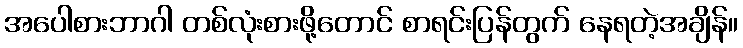
အပေါစားဘာဂါ တစ်လုံးစားဖို့တောင် စာရင်းပြန်တွက် နေရတဲ့အချိန်။